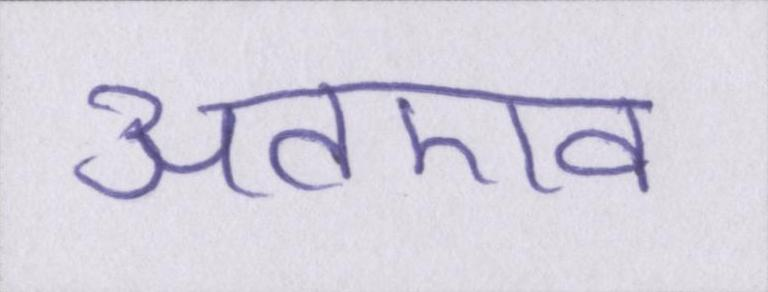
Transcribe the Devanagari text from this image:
अतएव